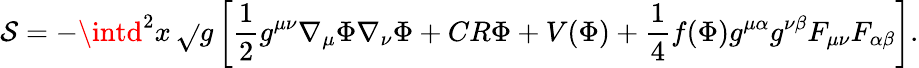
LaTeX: \mathcal{S}=-\intd^{2}x\, \sqrt{}{{g}}\left[{\frac{{1}}{{2}}}g^{\mu\nu}\nabla_{\mu}\Phi\nabla_{\nu}\Phi+CR\Phi+V(\Phi)+{\frac{{1}}{{4}}}f(\Phi)g^{\mu\alpha}g^{\nu\beta}F_{\mu\nu}F_{\alpha\beta}\right].